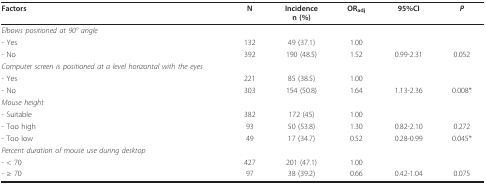
<table><thead><tr><td><b>Factors</b></td><td><b>N</b></td><td><b>Incidencen (%)</b></td><td><b>OR<sub>adj</sub></b></td><td><b>95%CI</b></td><td><b><i>P</i></b></td></tr></thead><tbody><tr><td><i>Elbows positioned at 90° angle </i></td><td></td><td></td><td></td><td></td><td></td></tr><tr><td>- Yes</td><td>132</td><td>49 (37.1)</td><td>1.00</td><td></td><td></td></tr><tr><td>- No</td><td>392</td><td>190 (48.5)</td><td>1.52</td><td>0.99-2.31</td><td>0.052</td></tr><tr><td><i>Computer screen is positioned at a level horizontal with the eyes</i></td><td></td><td></td><td></td><td></td><td></td></tr><tr><td>- Yes</td><td>221</td><td>85 (38.5)</td><td>1.00</td><td></td><td></td></tr><tr><td>- No</td><td>303</td><td>154 (50.8)</td><td>1.64</td><td>1.13-2.36</td><td>0.008*</td></tr><tr><td><i>Mouse height</i></td><td></td><td></td><td></td><td></td><td></td></tr><tr><td>- Suitable</td><td>382</td><td>172 (45)</td><td>1.00</td><td></td><td></td></tr><tr><td>- Too high</td><td>93</td><td>50 (53.8)</td><td>1.30</td><td>0.82-2.10</td><td>0.272</td></tr><tr><td>- Too low</td><td>49</td><td>17 (34.7)</td><td>0.52</td><td>0.28-0.99</td><td>0.045*</td></tr><tr><td><i>Percent duration of mouse use during desktop</i></td><td></td><td></td><td></td><td></td><td></td></tr><tr><td>- &lt; 70</td><td>427</td><td>201 (47.1)</td><td>1.00</td><td></td><td></td></tr><tr><td>- ≥ 70</td><td>97</td><td>38 (39.2)</td><td>0.66</td><td>0.42-1.04</td><td>0.075</td></tr></tbody></table>